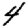
Digit: 4